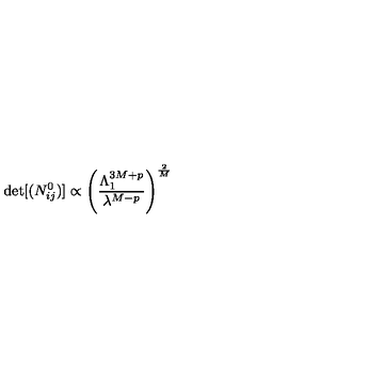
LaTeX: \det [ ( N _ { i j } ^ { 0 } ) ] \propto \left( { \frac { \Lambda _ { 1 } ^ { 3 M + p } } { \lambda ^ { M - p } } } \right) ^ { \frac { 2 } { M } }